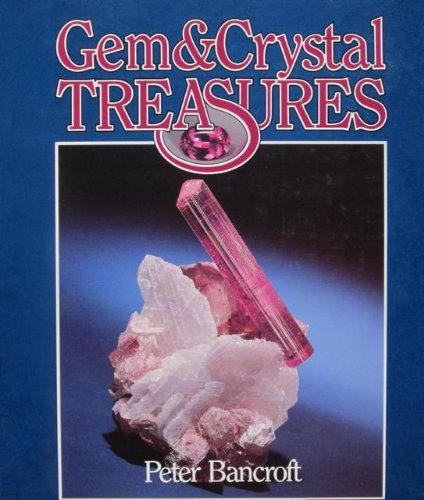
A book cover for Gem and Crystal Treasures; Peter Bancroft; Science & Math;